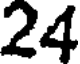
24